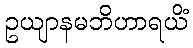
ဥယျာနမဘိဟာရယိံ